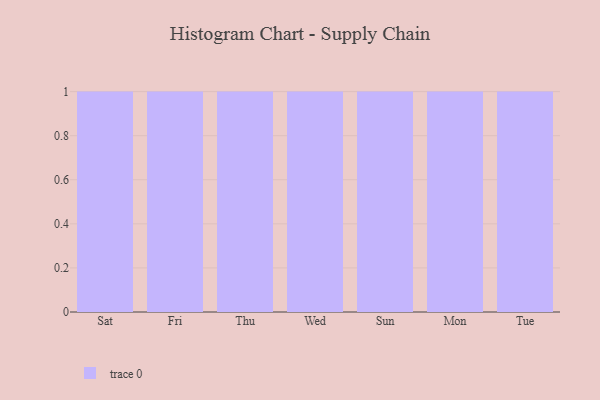
{"axis": {"x": "Day", "y": "Satisfaction Score"}, "legend": [""], "data": [{"x": "Sat", "y": 87, "type": ""}, {"x": "Fri", "y": 82, "type": ""}, {"x": "Thu", "y": 54, "type": ""}, {"x": "Wed", "y": 5, "type": ""}, {"x": "Sun", "y": 4, "type": ""}, {"x": "Mon", "y": 23, "type": ""}, {"x": "Tue", "y": 91, "type": ""}]}